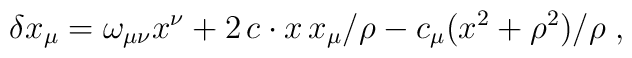
\delta x_\mu = \omega_{\mu\nu}x^\nu+2\,c\cdot  x\,x_\mu/\rho-c_\mu(x^2+\rho^2)/\rho \; ,